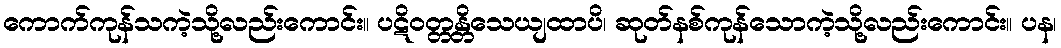
ကောက်ကုန်သကဲ့သို့လည်းကောင်း။ ပဋိဝတ္တန္တိသေယျထာပိ၊ ဆုတ်နစ်ကုန်သောကဲ့သို့လည်းကောင်း။ ပန၊